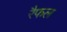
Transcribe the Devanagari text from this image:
रैफल